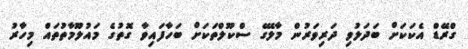
ގްރޭޑް އެކަކަށް ބަދަލުވި ދަރިވަރުން މާލޭގެ ސްކޫލްތަކަށް ބަހާފައިވާ ގޮތުގެ މައުލޫމާތުތައް މިހާރު